Scientific memoirs by medical officers of the Army of India - Part III,
Year: 1887
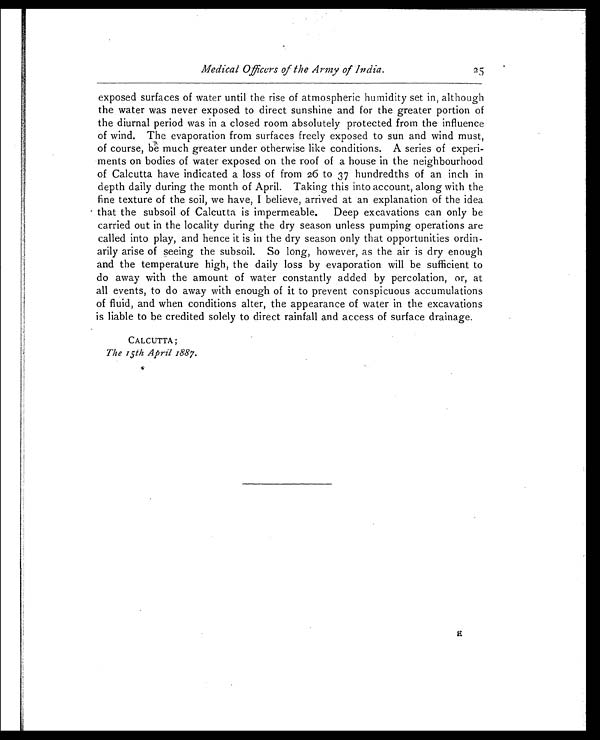
Medical Officers of the Army of India.
25
exposed surfaces of water until the rise of atmospheric humidity set in, although
the water was never exposed to direct sunshine and for the greater portion of
the diurnal period was in a closed room absolutely protected from the influence
of wind. The evaporation from surfaces freely exposed to sun and wind must,
of course, be much greater under otherwise like conditions. A series of experi
-ments on bodies of water exposed on the roof of a house in the neighbourhood
of Calcutta have indicated a loss of from 26 to 37 hundredths of an inch in
depth daily during the month of April. Taking this into account, along with the
fine texture of the soil, we have, I believe, arrived at an explanation of the idea
that the subsoil of Calcutta is impermeable. Deep excavations can only be
carried out in the locality during the dry season unless pumping operations are
called into play, and hence it is in the dry season only that opportunities ordin
-arily arise of seeing the subsoil. So long, however, as the air is dry enough
and the temperature high, the daily loss by evaporation will be sufficient to
do away with the amount of water constantly added by percolation, or, at
all events, to do away with enough of it to prevent conspicuous accumulations
of fluid, and when conditions alter, the appearance of water in the excavations
is liable to be credited solely to direct rainfall and access of surface drainage.
CALCUTTA;
The 15th April 1887.